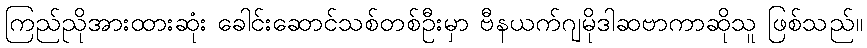
ကြည်ညိုအားထားဆုံး ခေါင်းဆောင်သစ်တစ်ဦးမှာ ဗီနယက်ဂျမိုဒါဆဗာကာဆိုသူ ဖြစ်သည်။